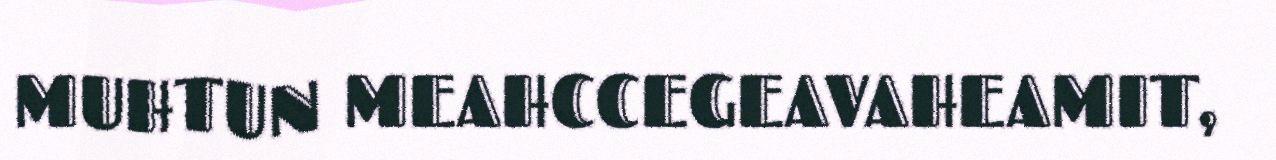
MUHTUN MEAHCCEGEAVAHEAMIT,